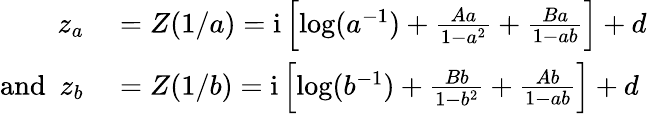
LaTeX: \begin{array}{rl}{z_{a}}&{{}=Z(1/a)=\mathrm{i}\left[\log(a^{-1})+\frac{Aa}{1-a^{2}}+\frac{Ba}{1-ab}\right]+d}\\ {\mathrm{and}~~z_{b}}&{{}=Z(1/b)=\mathrm{i}\left[\log(b^{-1})+\frac{Bb}{1-b^{2}}+\frac{Ab}{1-ab}\right]+d}\end{array}